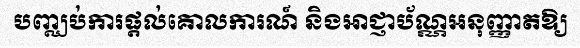
បញ្ឈប់ការផ្តល់គោលការណ៍ និងអាជ្ញាប័ណ្ណអនុញ្ញាតឱ្យ